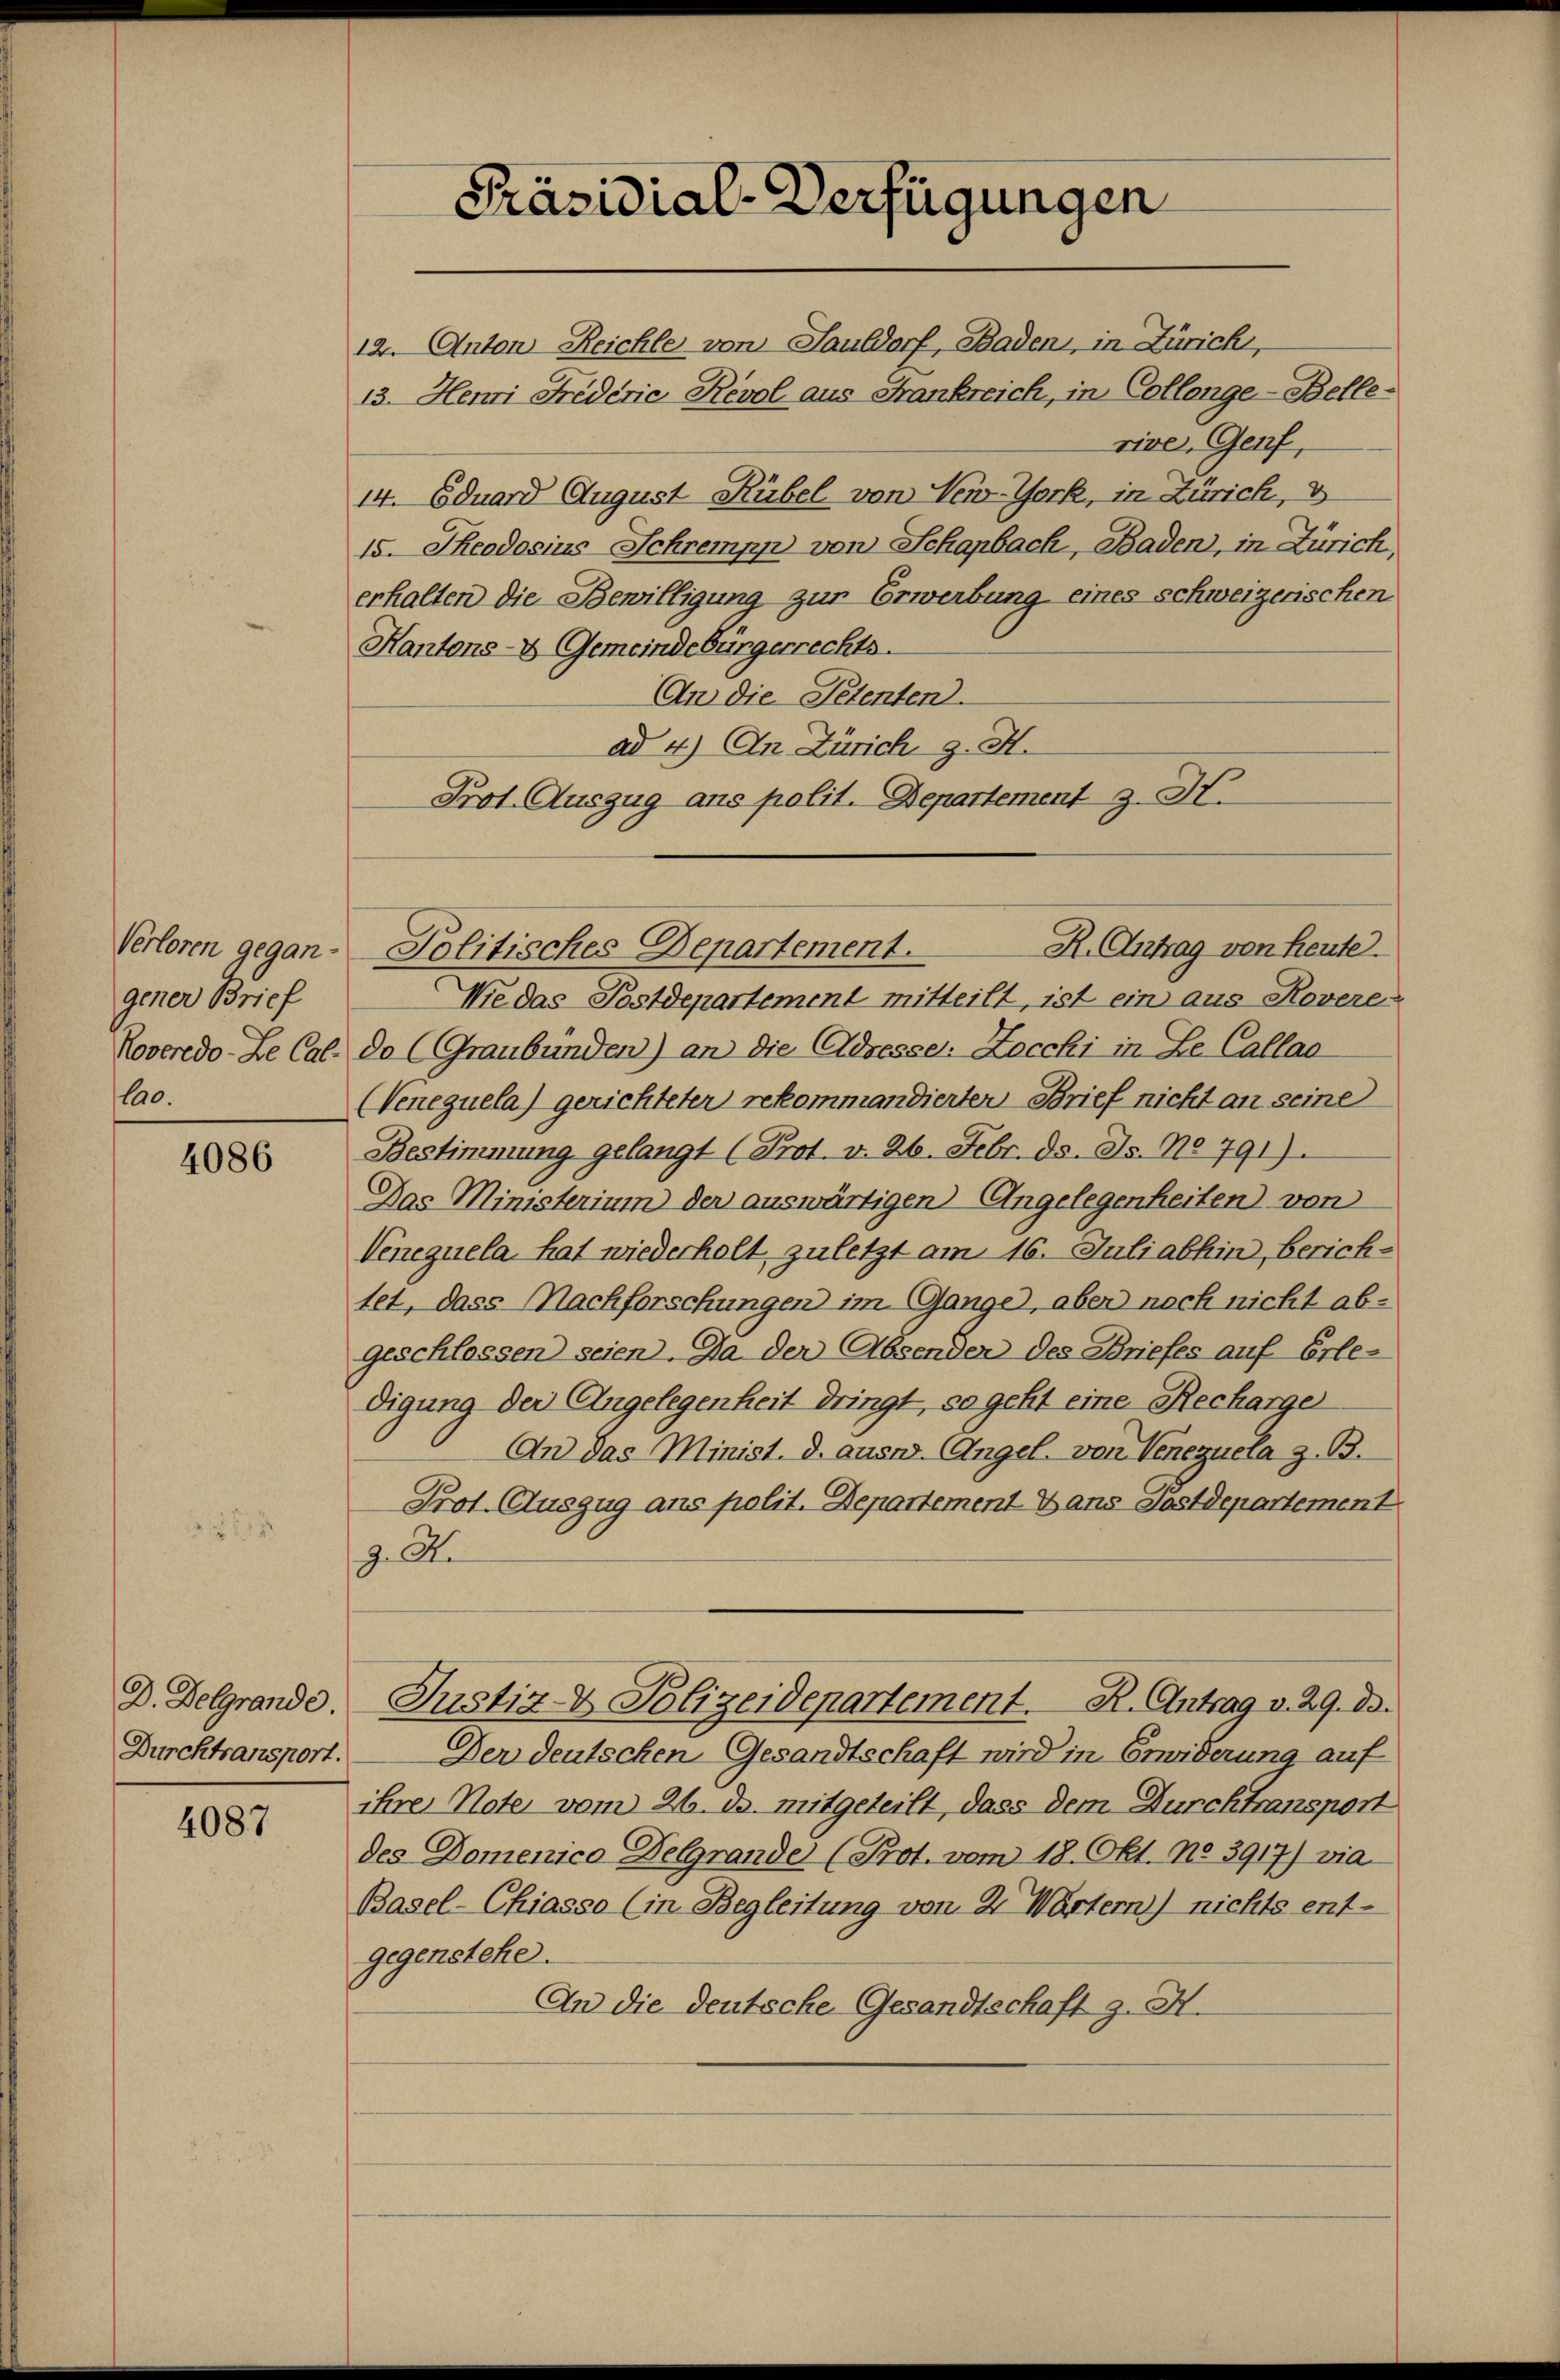
Verloren gegangener Brief
Roveredo-Le Cal¬
100.

4086

D. Belgrande.
Durchtransport.

4087

Präsidial-Verfügungen

12. Anton Reichle von Sauldorf, Baden, in Zürich,
13. Henri Fredérie Revol aus Frankreich, in Collenge-Belle-
river, Genf,
14. Eduard August Kübel von New-York, in Zürich, 3
15. Theodosius Schrempp von Schapbach, Baden, in Zürich,
erhalten die Bewilligung zur Erwerbung eines schweizerischen
Kantons- Gemeindebürgerrechts.
An die Petenten.
ad 4.) An Zürich z. H.
Prot. Auszug ans polit. Departement J. H.

Wie das Postdepartement mitteilt, ist ein aus Rovere
de (Graubünden) an die Adresse: Zocchi in Le Callas
Venezuela) gerichteter rekommandierten Brief nicht an seine
Bestimmung gelangt (Prot. v. 26. Febr. 15. ds. No 791)
Das Ministerium der auswärtigen Angelegenheiten von
Venezuela hat wiederholt zuletzt am 16. Juli abhin, berichtet, dass Nachforschungen im Gange, aber noch nicht abgeschlossen seien. Da der Absenden des Briefes auf Erle-
digung der Angelegenheit dringt, so geht eine Recharge
An das Minist. d. ausw. Angel, von Venezuera z. B.
Prot. Auszug aus polit. Departement Dans Postdepartement
z. S.
Justiz- & Polizeidepartement. R. Antrag v. 29. ds.
Der deutschen Gesandtschaft wird in Erwiderung auf
ihre Note vom 26. ds. mitgeteilt, dass dem Durchtransport
des Domenico Delgrande (Prot. vom 18. Okt. No. 3917) vie
Basel-Chiasso (in Begleitung von 2 Wärtern) nichts ent-
gegenstehe.
An die deutsche Gesandtschaft z. H.

R. Antrag von heute.
Politisches Departement.